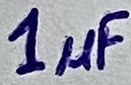
Text: 1µF